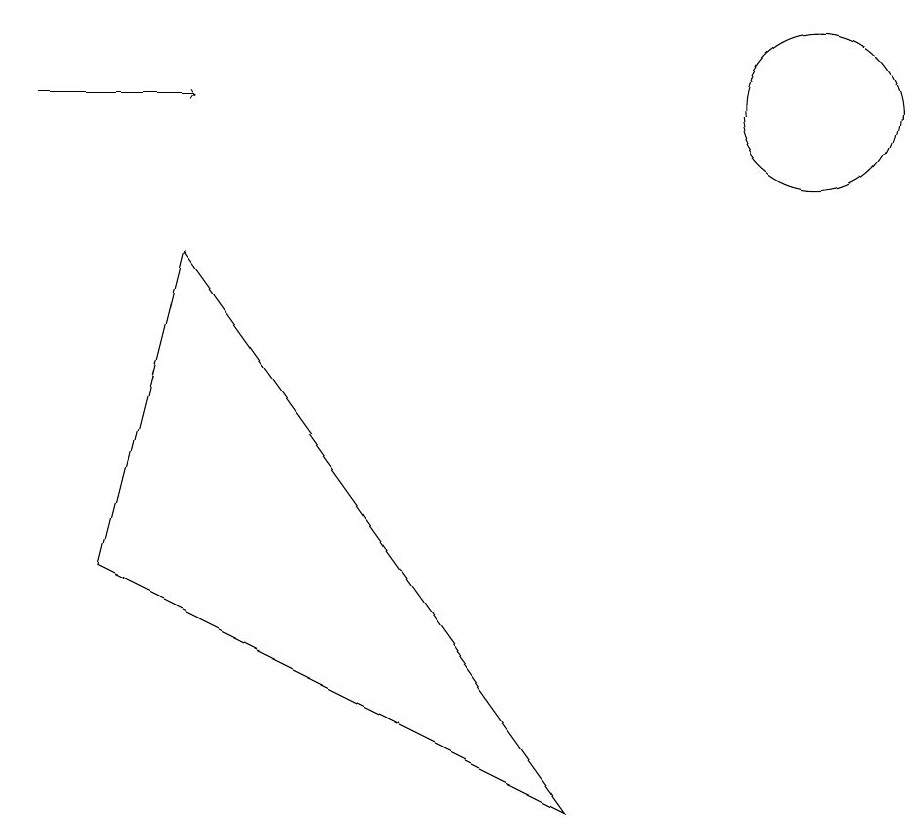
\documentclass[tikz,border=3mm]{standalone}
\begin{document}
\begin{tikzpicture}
\draw[->] (0,10) -- (2,10);
\draw (10,10) circle (1);
\draw (2,8) -- (1,4) -- (7,1) -- cycle;
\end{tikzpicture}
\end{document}